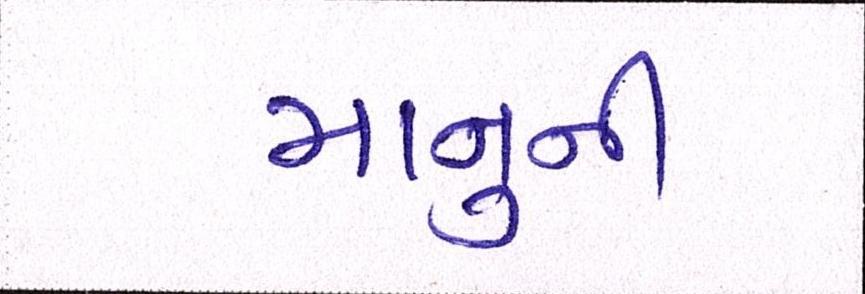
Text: માનુની